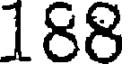
188